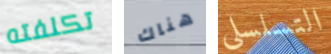
تكلفته هناك التسلسلي